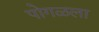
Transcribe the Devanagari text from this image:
पोगळला